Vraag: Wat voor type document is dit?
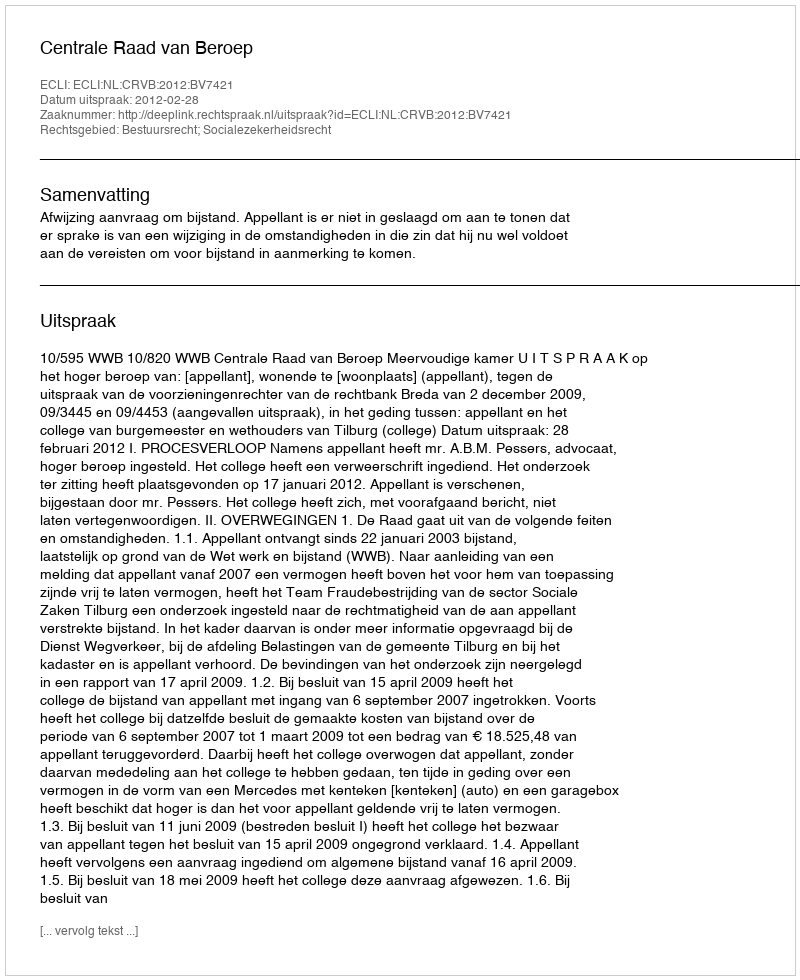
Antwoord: Uitspraak